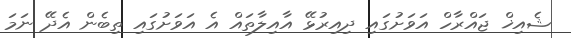
ޝެއިޚް ޖައްރާހް އަވަށުގައި ދިއިރުޅޭ އާއިލާތައް އެ އަވަށުގައި ތިބެން އެދޭ ނަމަ